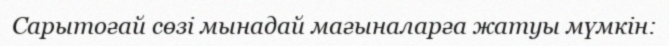
Сарытоғай сөзі мынадай мағыналарға жатуы мүмкін: